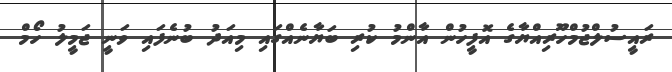
ރައީސުލްޖުމްހޫރިއްޔާގެ އޮފީހުން އާންމު ކުރި ބަޔާނެއްގައި މިއަދު ބުނެފައި ވަނީ ޖަމީލު ހޯމް